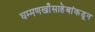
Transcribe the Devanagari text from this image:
घम्मणखाँसाहेबांकडून